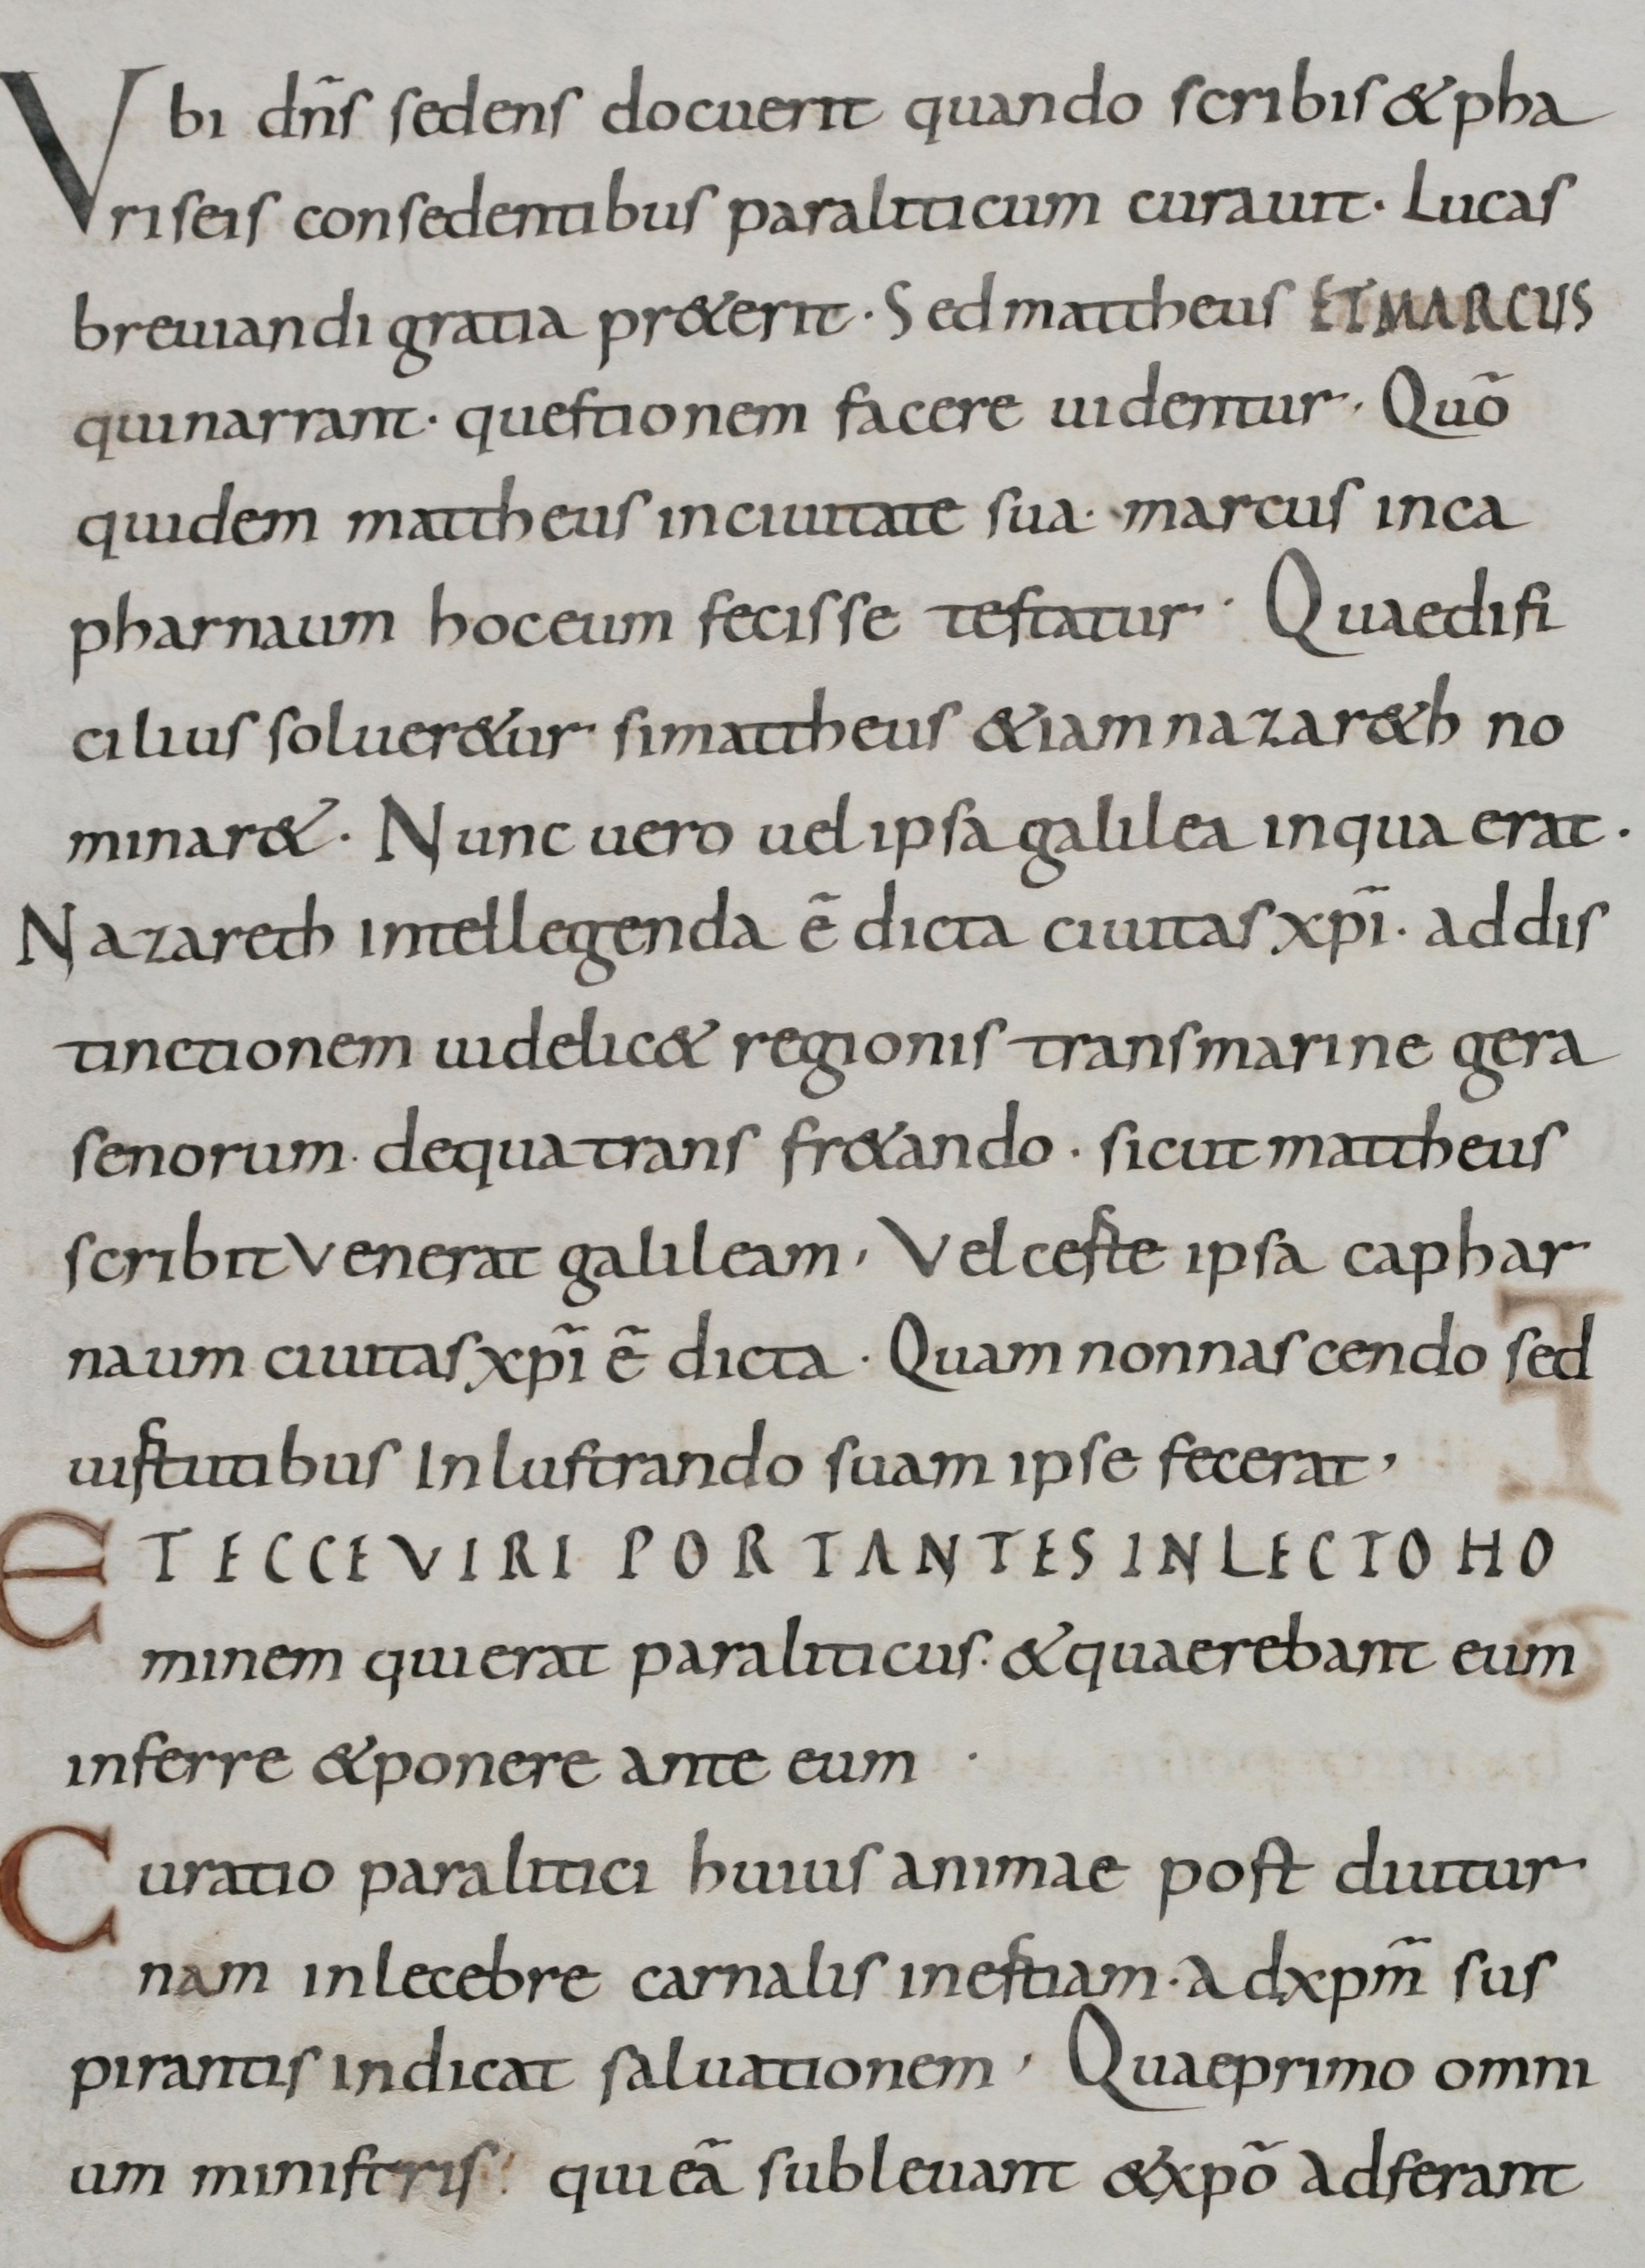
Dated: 900–999